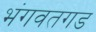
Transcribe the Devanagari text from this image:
भंगवतगड